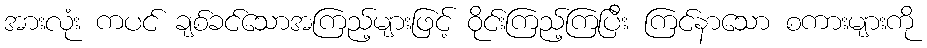
အားလုံး ကပင် ချစ်ခင်သောအကြည့်များဖြင့် ဝိုင်းကြည့်ကြပြီး ကြင်နာသော စကားများကို